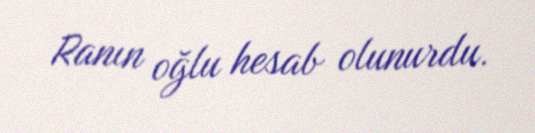
Ranın oğlu hesab olunurdu.